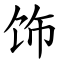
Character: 饰